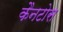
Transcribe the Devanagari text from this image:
कैनटोस